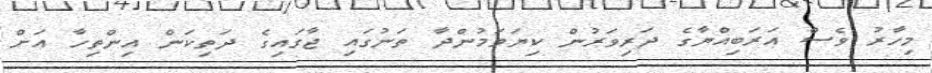
މިހާރު ވެސް އަރަބިއްޔާގެ ދަރިވަރުން ކިޔަވަމުންދާ ތަނުގައި ޖާގައިގެ ދަތިކަން އިންތިހާ އަށް